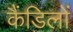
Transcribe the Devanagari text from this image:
कैंडिलों